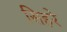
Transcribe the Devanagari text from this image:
सिहरे